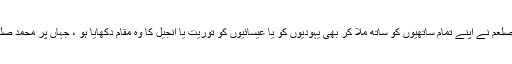
کوئی ایک واقعہ جس میں محمد صلعم نے اپنے تمام ساتھیوں کو ساتھ ملا کر بھی یہودیوں کو یا عیسائیوں کو توریت یا انجیل کا وہ مقام دکھایا ہو ، جہاں پر محمد صلعم کے آنے کا تذکرہ موجود تھا؟